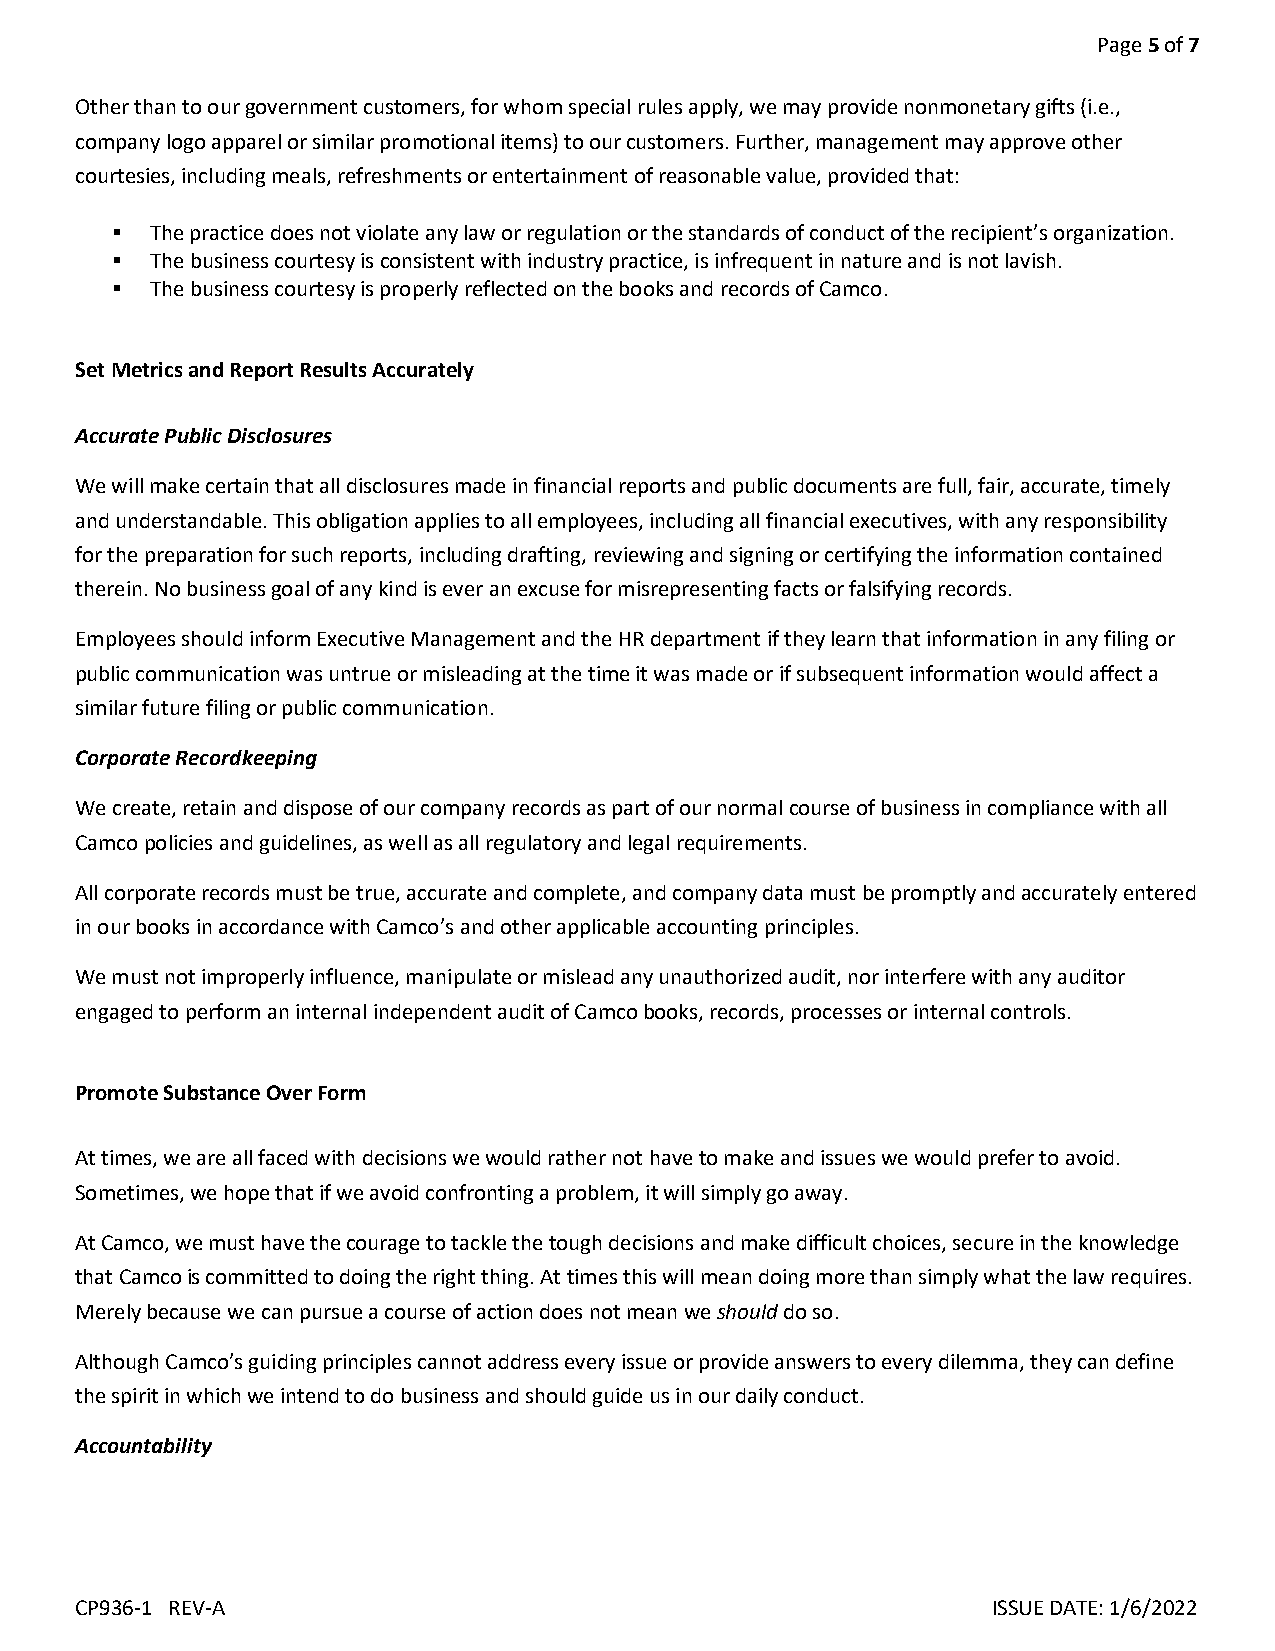
Page 5 of 7
 Other than to our government customers, for whom special rules apply, we may provide nonmonetary gifts (i.e.,
 company logo apparel or similar promotional items) to our customers. Further, management may approve other
 courtesies, including meals, refreshments or entertainment of reasonable value, provided that:
   The practice does not violate any law or regulation or the standards of conduct of the recipient’s organization.
   The business courtesy is consistent with industry practice, is infrequent in nature and is not lavish.
   The business courtesy is properly reflected on the books and records of Camco.
 Set Metrics and Report Results Accurately
 Accurate Public Disclosures
 We will make certain that all disclosures made in financial reports and public documents are full, fair, accurate, timely
 and understandable. This obligation applies to all employees, including all financial executives, with any responsibility
 for the preparation for such reports, including drafting, reviewing and signing or certifying the information contained
 therein. No business goal of any kind is ever an excuse for misrepresenting facts or falsifying records.
 Employees should inform Executive Management and the HR department if they learn that information in any filing or
 public communication was untrue or misleading at the time it was made or if subsequent information would affect a
 similar future filing or public communication.
 Corporate Recordkeeping
 We create, retain and dispose of our company records as part of our normal course of business in compliance with all
 Camco policies and guidelines, as well as all regulatory and legal requirements.
 All corporate records must be true, accurate and complete, and company data must be promptly and accurately entered
 in our books in accordance with Camco’s and other applicable accounting principles.
 We must not improperly influence, manipulate or mislead any unauthorized audit, nor interfere with any auditor
 engaged to perform an internal independent audit of Camco books, records, processes or internal controls.
 Promote Substance Over Form
 At times, we are all faced with decisions we would rather not have to make and issues we would prefer to avoid.
 Sometimes, we hope that if we avoid confronting a problem, it will simply go away.
 At Camco, we must have the courage to tackle the tough decisions and make difficult choices, secure in the knowledge
 that Camco is committed to doing the right thing. At times this will mean doing more than simply what the law requires.
 Merely because we can pursue a course of action does not mean we should do so.
 Although Camco’s guiding principles cannot address every issue or provide answers to every dilemma, they can define
 the spirit in which we intend to do business and should guide us in our daily conduct.
 Accountability
 CP936-1 REV-A                                                ISSUE DATE: 1/6/2022